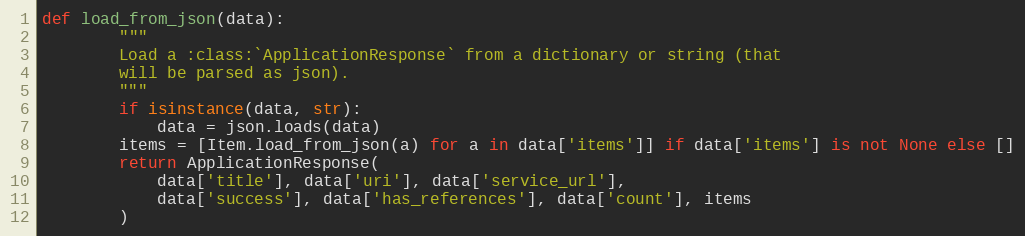
Language: Python
def load_from_json(data):
        """
        Load a :class:`ApplicationResponse` from a dictionary or string (that
        will be parsed as json).
        """
        if isinstance(data, str):
            data = json.loads(data)
        items = [Item.load_from_json(a) for a in data['items']] if data['items'] is not None else []
        return ApplicationResponse(
            data['title'], data['uri'], data['service_url'],
            data['success'], data['has_references'], data['count'], items
        )